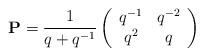
\begin{align*}{\bf P}=\frac{1}{q+q^{-1}}\left(\begin{array}{cc}q^{-1}&q^{-2}\\q^{2}&q\end{array}\right)\end{align*}